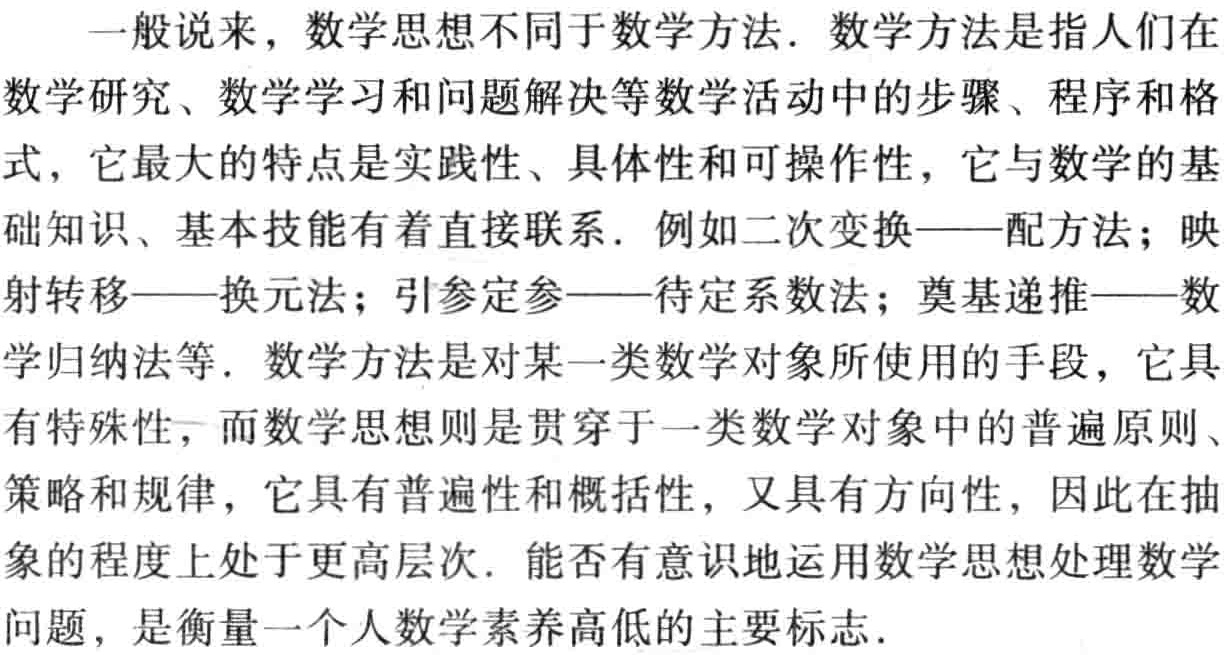
一般说来，数学思想不同于数学方法．数学方法是指人们在数学研究、数学学习和问题解决等数学活动中的步骤、程序和格式，它最大的特点是实践性、具体性和可操作性，它与数学的基础知识、基本技能有着直接联系．例如二次变换——配方法；映射转移——换元法；引参定参——待定系数法；奠基递推——数学归纳法等．数学方法是对某一类数学对象所使用的手段，它具有特殊性，而数学思想则是贯穿于一类数学对象中的普遍原则、策略和规律，它具有普遍性和概括性，又具有方向性，因此在抽象的程度上处于更高层次．能否有意识地运用数学思想处理数学问题，是衡量一个人数学素养高低的主要标志．